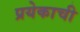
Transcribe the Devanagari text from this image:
प्रयेकाची